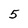
Character: 5